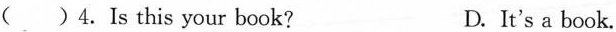
( )4.Is this your book? D.It's a book.